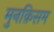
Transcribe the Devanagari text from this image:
मुनक़िसम